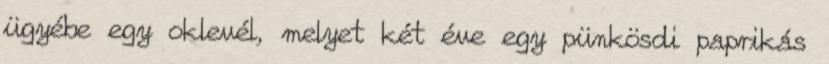
ügyébe egy oklevél, melyet két éve egy pünkösdi paprikás